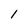
Character: l